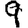
Digit: 9